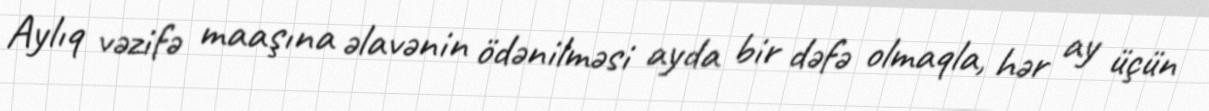
Aylıq vəzifə maaşına əlavənin ödənilməsi ayda bir dəfə olmaqla, hər ay üçün